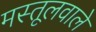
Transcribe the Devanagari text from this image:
मस्तूलवाले